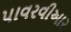
પાવરવીઆર